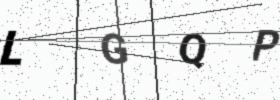
Text: LGQP